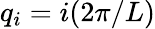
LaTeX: q_{i}=i(2\pi/{L})